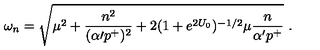
\omega _ { n } = \sqrt { \mu ^ { 2 } + { \frac { n ^ { 2 } } { ( \alpha { \prime } p ^ { + } ) ^ { 2 } } } + 2 ( 1 + e ^ { 2 U _ { 0 } } ) ^ { - 1 / 2 } \mu { \frac { n } { \alpha ^ { \prime } p ^ { + } } } } \ .